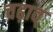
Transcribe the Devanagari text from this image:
चढ़ाव्